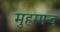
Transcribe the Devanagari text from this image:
मुहम्मन्द